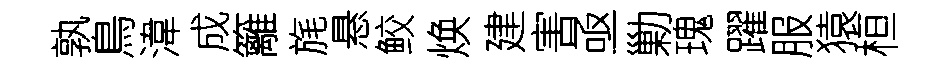
孰鳥湋成籬旄悬鲛焕建害亟勦瑰躍服猿桓